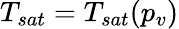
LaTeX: T_{sat}=T_{sat}(p_{v})